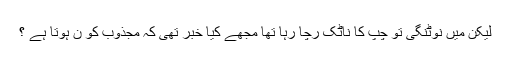
لیکن میں نوٹنگی تو چپ کا ناٹک رچا رہا تھا مجھے کیا خبر تھی کہ مجذوب کو ن ہوتا ہے ؟